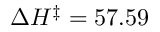
\Delta H ^ { \ddagger } = 5 7 . 5 9